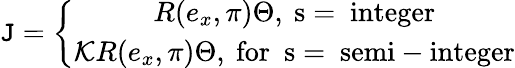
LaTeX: \mathtt{J}=\left\{ \begin{array}{c}{{R(e_{x},\pi)\Theta,\mathrm{~s=~integer}}}\\ {{{\cal K}R(e_{x},\pi)\Theta,\mathrm{~for~~s=~semi-integer}}}\end{array}\right.